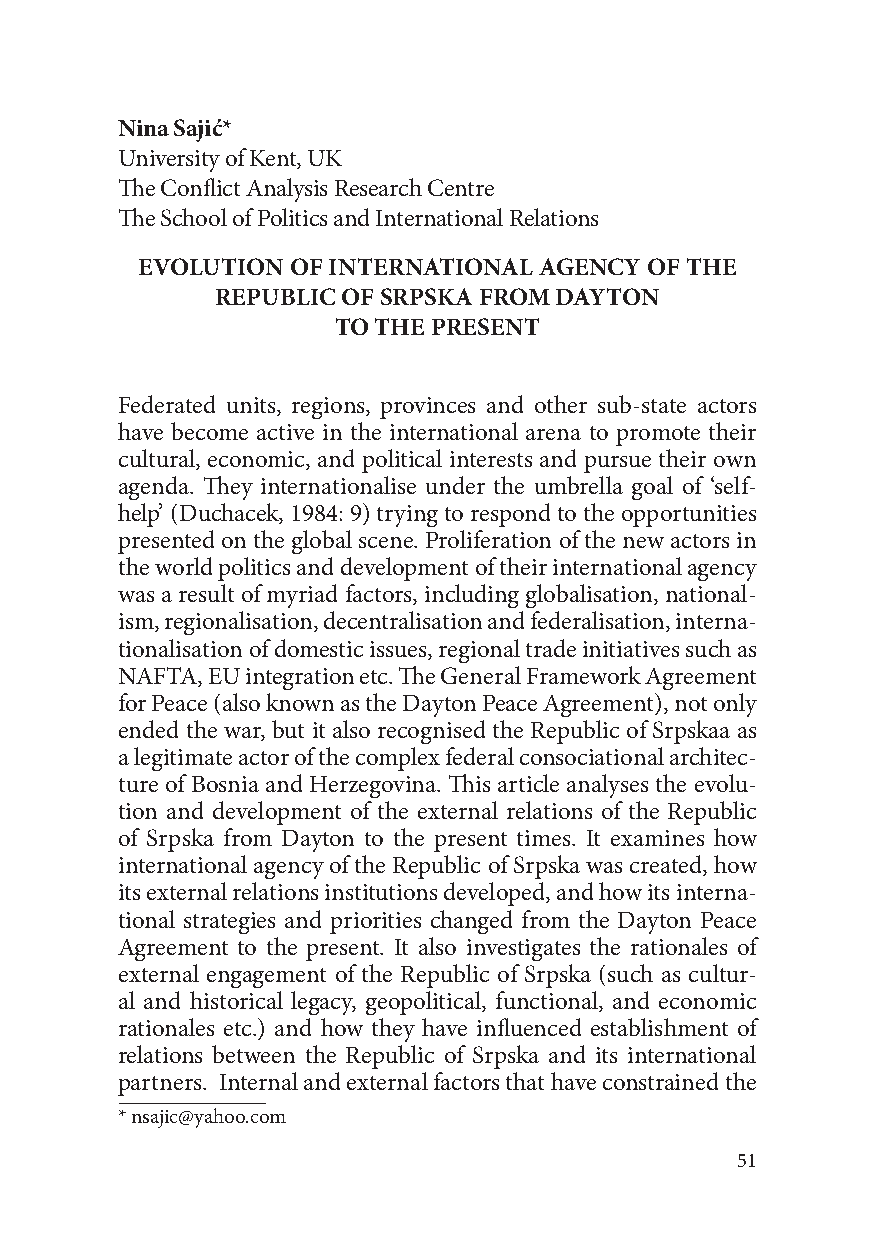
Nina Sajić*
 University of Kent, UK
 The Conflict Analysis Research Centre
 The School of Politics and International Relations
 EVOLUTION OF INTERNATIONAL AGENCY OF THE
 REPUBLIC OF SRPSKA FROM DAYTON
 TO THE PRESENT
 Federated units, regions, provinces and other sub-state actors
 have become active in the international arena to promote their
 cultural, economic, and political interests and pursue their own
 agenda. They internationalise under the umbrella goal of ‘self-
 help’ (Duchacek, 1984: 9) trying to respond to the opportunities
 presented on the global scene. Proliferation of the new actors in
 the world politics and development of their international agency
 was a result of myriad factors, including globalisation, national-
 ism, regionalisation, decentralisation and federalisation, interna-
 tionalisation of domestic issues, regional trade initiatives such as
 NAFTA, EU integration etc. The General Framework Agreement
 for Peace (also known as the Dayton Peace Agreement), not only
 ended the war, but it also recognised the Republic of Srpskaa as
 a legitimate actor of the complex federal consociational architec-
 ture of Bosnia and Herzegovina. This article analyses the evolu-
 tion and development of the external relations of the Republic
 of Srpska from Dayton to the present times. It examines how
 international agency of the Republic of Srpska was created, how
 its external relations institutions developed, and how its interna-
 tional strategies and priorities changed from the Dayton Peace
 Agreement to the present. It also investigates the rationales of
 external engagement of the Republic of Srpska (such as cultur-
 al and historical legacy, geopolitical, functional, and economic
 rationales etc.) and how they have influenced establishment of
 relations between the Republic of Srpska and its international
 partners. Internal and external factors that have constrained the
 * nsajic@yahoo.com
 51